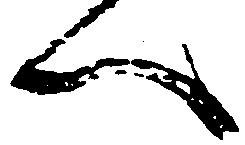
へ